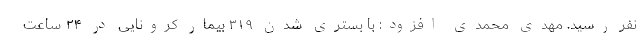
نفر رسید. مهدی محمدی افزود: با بستری شدن ۳۱۹ بیمار کرونایی در ۲۴ ساعت